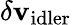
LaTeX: \delta\mathbf{v}_{\mathrm{{{idler}}}}